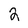
Character: 2